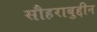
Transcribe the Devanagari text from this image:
सौहराबुद्दीन